Note on the mental hospitals in Burma - 1925-1940
Year: 1925
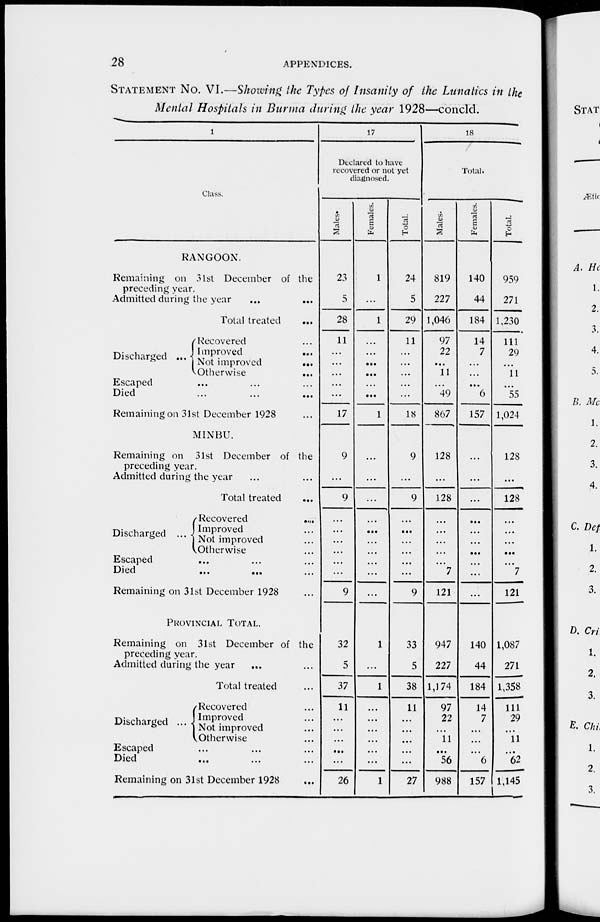
28
APPENDICES.
STATEMENT No. VI.—Showing the Types of Insanity of the Lunatics in the
Mental Hospitals in Burma during the year 1928—concld.
1
Class.
RANGOON.
Remaining on 31st December of the
preceding year.
Admitted during the year
...
...
Total treated ...
Discharged ...
Recovered ...
Improved
...
Not improved
...
Otherwise
Escaped ... ... ...
Died ... ... ...
Remaining on 31st December 1928
MINBU.
Remaining on 31st December of the
preceding year.
Admitted during the year ... ...
Total treated
...
Discharged ...
Recovered
...
Improved ...
Not improved ...
Otherwise
Escaped ... ... ...
Died
...
... ...
Remaining on 31st December 1928
PROVINCIAL TOTAL.
Remaining on 31st December of the
preceding year.
Admitted during the year
... ...
Total treated ...
Discharged ...
Recovered ...
Improved ...
Not improved ...
Otherwise
Escaped ... ... ...
Died ... ... ...
Remaining on 31st December 1928
17
Declared to have
recovered or not yet
diagnosed.
Males.
23
5
28
11
...
...
...
...
...
17
9
...
9
...
...
...
...
...
...
9
32
5
37
11
...
...
...
...
...
26
Females.
1
...
1
...
...
...
...
...
...
1
...
...
...
...
...
...
...
...
...
...
1
...
1
...
...
...
...
...
...
1
Total.
24
5
29
11
...
...
...
...
18
9
...
9
...
...
...
...
...
...
9
33
5
38
11
...
...
...
...
...
27
18
Total.
Males.
819
227
1,046
97
22
...
11
...
49
867
128
...
128
...
...
...
...
...
7
121
947
227
1,174
97
22
...
11
...
56
988
Females.
140
44
184
14
7
...
...
...
6
157
...
...
...
...
...
...
...
...
...
...
140
44
184
14
7
...
...
...
6
157
Total.
959
271
1,230
111
29
...
11
...
55
1,024
128
...
128
...
...
...
...
...
7
121
1,087
271
1,358
111
29
...
11
...
62
1,145